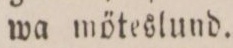
wa möteslund.